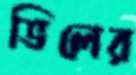
ভিলের